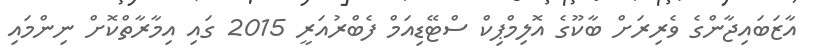
އާޒަބައިޖާންގެ ވެރިރަށް ބާކޫގެ އޮލިމްޕިކް ސްޓޭޑިއަމް ފެބްރުއަރީ 2015 ގައި އިމާރާތްކޮށް ނިންމައި